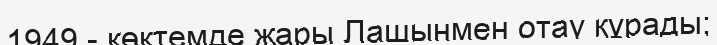
1949 - көктемде жары Лашынмен отау құрады;